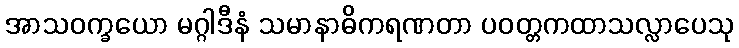
အာသဝက္ခယော မဂ္ဂါဒီနံ သမာနာဓိကရဏတာ ပဝတ္တကထာသလ္လာပေသု